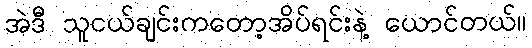
အဲဒီ သူငယ်ချင်းကတော့အိပ်ရင်းနဲ့ ယောင်တယ်။